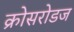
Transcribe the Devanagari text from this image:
क्रोसरोडज